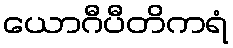
ယောဂီပီတိကရံ